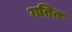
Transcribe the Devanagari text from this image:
गतित